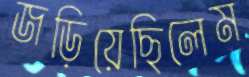
জড়িয়েছিলেম